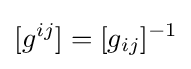
[g^{ij}]=[g_{ij}]^{-1}